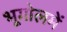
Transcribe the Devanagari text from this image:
भूगोलमें